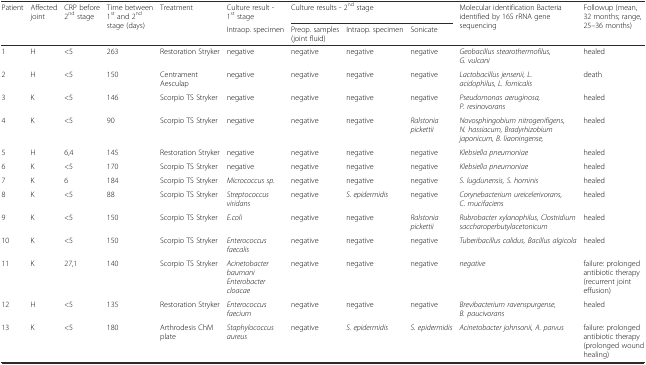
<table><thead><tr><td rowspan="2"><b>Patient</b></td><td rowspan="2"><b>Affected joint</b></td><td rowspan="2"><b>CRP before 2<sup>nd</sup> stage</b></td><td rowspan="2"><b>Time between 1<sup>st</sup> and 2<sup>nd</sup> stage (days)</b></td><td rowspan="2"><b>Treatment</b></td><td><b>Culture result - 1<sup>st</sup> stage</b></td><td colspan="3"><b>Culture results - 2<sup>nd</sup> stage</b></td><td rowspan="2"><b>Molecular identification Bacteria identified by 16S rRNA gene sequencing</b></td><td rowspan="2"><b>Followup (mean, 32 months; range, 25–36 months)</b></td></tr><tr><td><b>Intraop. specimen</b></td><td><b>Preop. samples (joint fluid)</b></td><td><b>Intraop. specimen</b></td><td><b>Sonicate</b></td></tr></thead><tbody><tr><td>1</td><td>H</td><td>&lt;5</td><td>263</td><td>Restoration Stryker</td><td>negative</td><td>negative</td><td>negative</td><td>negative</td><td><i>Geobacillus stearothermofilus, G. vulcani</i></td><td>healed</td></tr><tr><td>2</td><td>H</td><td>&lt;5</td><td>150</td><td>Centrament Aesculap</td><td>negative</td><td>negative</td><td>negative</td><td>negative</td><td><i>Lactobacillus jensenii, L. acidophilus, L. fornicalis</i></td><td>death</td></tr><tr><td>3</td><td>K</td><td>&lt;5</td><td>146</td><td>Scorpio TS Stryker</td><td>negative</td><td>negative</td><td>negative</td><td>negative</td><td><i>Pseudomonas aeruginosa, P. resinovorans</i></td><td>healed</td></tr><tr><td>4</td><td>K</td><td>&lt;5</td><td>90</td><td>Scorpio TS Stryker</td><td>negative</td><td>negative</td><td>negative</td><td><i>Ralstonia pickettii</i></td><td><i>Novosphingobium nitrogenifigens, N. hassiacum, Bradyrhizobium japonicum, B. liaoningense,</i></td><td>healed</td></tr><tr><td>5</td><td>H</td><td>6,4</td><td>145</td><td>Restoration Stryker</td><td>negative</td><td>negative</td><td>negative</td><td>negative</td><td><i>Klebsiella pneumoniae</i></td><td>healed</td></tr><tr><td>6</td><td>K</td><td>&lt;5</td><td>170</td><td>Scorpio TS Stryker</td><td>negative</td><td>negative</td><td>negative</td><td>negative</td><td><i>Klebsiella pneumoniae</i></td><td>healed</td></tr><tr><td>7</td><td>K</td><td>6</td><td>184</td><td>Scorpio TS Stryker</td><td><i>Micrococcus sp.</i></td><td>negative</td><td>negative</td><td>negative</td><td><i>S. lugdunensis, S. hominis</i></td><td>healed</td></tr><tr><td>8</td><td>K</td><td>&lt;5</td><td>88</td><td>Scorpio TS Stryker</td><td><i>Streptococcus viridans</i></td><td>negative</td><td><i>S. epidermidis</i></td><td>negative</td><td><i>Corynebacterium ureicelerivorans, C. mucifaciens</i></td><td>healed</td></tr><tr><td>9</td><td>K</td><td>&lt;5</td><td>150</td><td>Scorpio TS Stryker</td><td><i>E.coli</i></td><td>negative</td><td>negative</td><td><i>Ralstonia pickettii</i></td><td><i>Rubrobacter xylanophilus, Clostridium saccharoperbutylacetonicum</i></td><td>healed</td></tr><tr><td>10</td><td>K</td><td>&lt;5</td><td>150</td><td>Scorpio TS Stryker</td><td><i>Enterococcus faecalis</i></td><td>negative</td><td>negative</td><td>negative</td><td><i>Tuberibacillus calidus, Bacillus algicola</i></td><td>healed</td></tr><tr><td>11</td><td>K</td><td>27,1</td><td>140</td><td>Scorpio TS Stryker</td><td><i>Acinetobacter baumani Enterobacter cloacae</i></td><td>negative</td><td>negative</td><td>negative</td><td><i>negative</i></td><td>failure: prolonged antibiotic therapy (recurrent joint effusion)</td></tr><tr><td>12</td><td>H</td><td>&lt;5</td><td>135</td><td>Restoration Stryker</td><td><i>Enterococcus faecium</i></td><td>negative</td><td>negative</td><td>negative</td><td><i>Brevibacterium ravenspurgense, B. paucivorans</i></td><td>healed</td></tr><tr><td>13</td><td>K</td><td>&lt;5</td><td>180</td><td>Arthrodesis ChM plate</td><td><i>Staphylococcus aureus</i></td><td>negative</td><td><i>S. epidermidis</i></td><td><i>S. epidermidis</i></td><td><i>Acinetobacter johnsonii, A. parvus</i></td><td>failure: prolonged antibiotic therapy (prolonged wound healing)</td></tr></tbody></table>